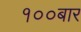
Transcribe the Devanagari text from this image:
१००बार